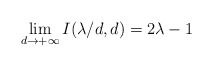
\begin{align*}\lim_{d\rightarrow+\infty}I(\lambda/d,d)=2\lambda-1\end{align*}